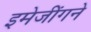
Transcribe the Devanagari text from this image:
इमेजींगने